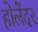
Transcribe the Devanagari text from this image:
होलेंदर